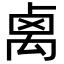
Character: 禼